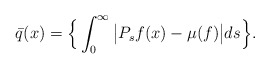
\begin{align*}\bar q(x) = \Big\{ \int_0^\infty \big|P_s f(x) - \mu(f)\big| ds \Big\}.\end{align*}